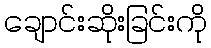
ချောင်းဆိုးခြင်းကို